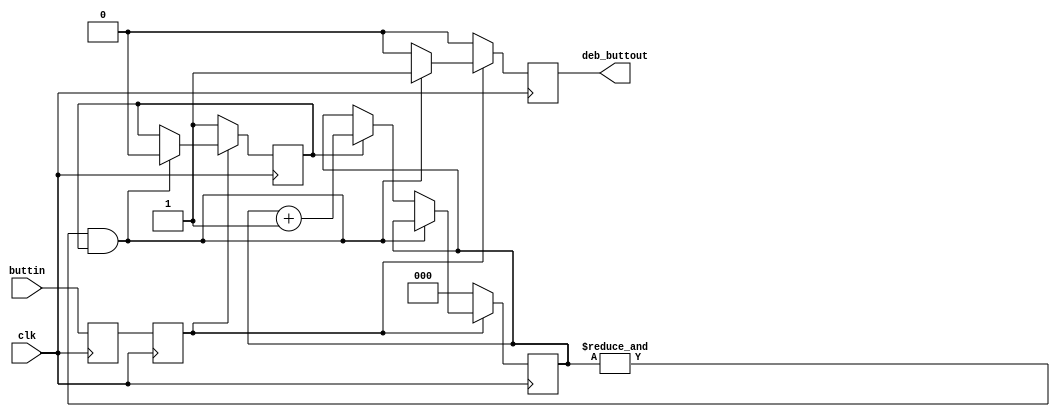
module debounceButton(clk, buttin, deb_buttout);

input clk, buttin;
output reg deb_buttout;

reg [2:0] counter;	// enter delay to reach the safe state
reg ff1; 			// output from flipflop 1
reg ff2; 			// output from flipflop 2
wire async_button; 		// compare the output of two flipflops


always @(posedge clk)		//Two FF's in series for 1 cycle delay on buttin
begin
	ff1 = buttin;
end

always @(posedge clk)		//ff2 is the async output of second FF
begin
	ff2 = ff1;
end


assign async_button = ff2;
wire counter_max = &counter;	//when every bit of the counter is 1,
								//it has reached its max value


/*Counter to filter any remaning bounces
  only when the counter gets asyc = 1 for
  8 clock cycles we are sure that we have
  a debounced signal. Flag is used to 
  prevent output 1 for more than one cycles*/
reg flag;

always @(posedge clk)			
begin
	if(async_button)
	begin
		if (counter_max && flag)
		begin
			deb_buttout = 1'b1;
			flag = 1'b0;
		end
		else if (!flag)
		begin
			deb_buttout = 1'b0;
		end
		else begin
			counter = counter + 1'b1;
			deb_buttout = 1'b0;
		end
	end
	else
	begin
		counter = 1'b0;
		flag = 1'b1;
		deb_buttout = 1'b0;
	end
end
endmodule